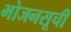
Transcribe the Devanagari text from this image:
भोजनसूची